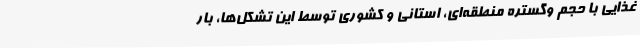
غذایی با حجم وگستره منطقه‌ای، استانی و کشوری توسط این تشکل‌ها، بار